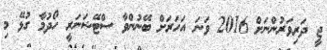
ޖީ ދަރިވަރުންނަށް 2016 ވަނަ އަހަރަށް ބޭނުންވާ ސްޓޭޝަނަރީ ހޯދުމާ ގުޅޭ މި